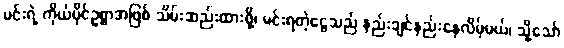
မင်းရဲ့ ကိုယ်ပိုင်ဥစ္စာအဖြစ် သိမ်းဆည်းထားဖို့၊ မင်းရတဲ့ငွေသည် နည်းချင်နည်းနေလိမ့်မယ်၊ သို့သော်